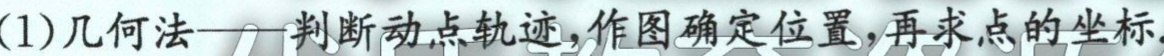
(1)几何法——判断动点轨迹，作图确定位置，再求点的坐标.